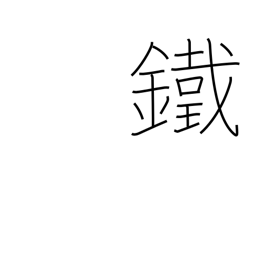
Meaning: iron